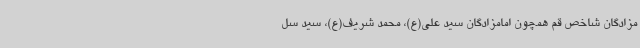
مزادگان شاخص قم همچون امامزادگان سید علی(ع)، محمد شریف(ع)، سید سل